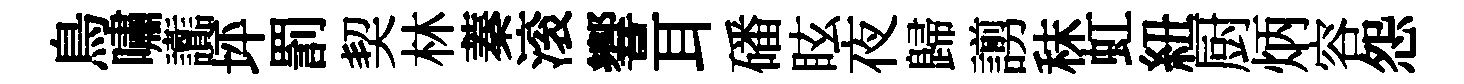
鳥嘯讟坪罰契林蓁滚響耳磻眩夜歸謭秣虹紐厨炳容怨